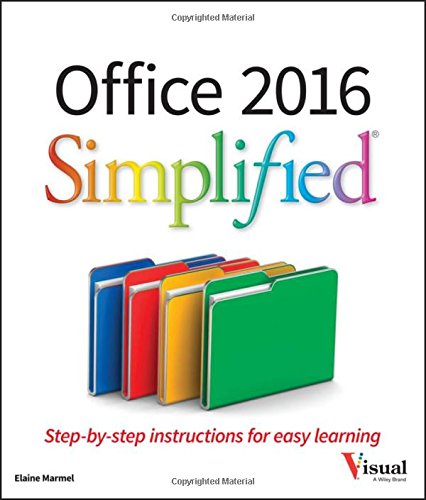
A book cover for Office 2016 Simplified; Elaine Marmel; Computers & Technology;